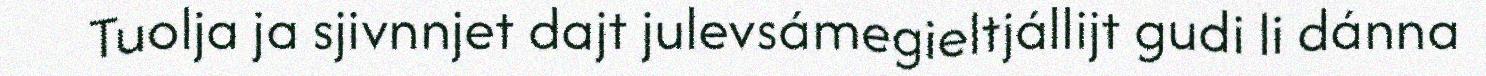
Tuolja ja sjivnnjet dajt julevsámegieltjállijt gudi li dánna